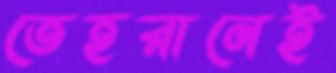
তেহরানেই